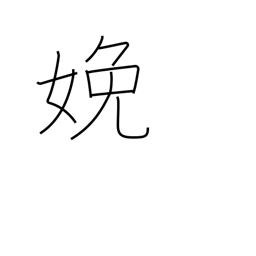
Meaning: bear (children)